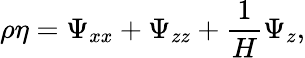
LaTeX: \rho\eta=\Psi_{xx}+\Psi_{zz}+\frac{1}{H}\Psi_{z},